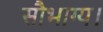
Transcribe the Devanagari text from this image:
सौभाग्य।